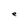
Character: e